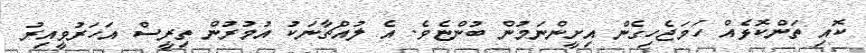
ކޮއި ތަންކޮޅެއް ހަމަޖެހިގެން އިށީންނަމުން ބުންޏެވެ. އެ ލުއްޗާނަކު އުމުރުން ތިރީސް އަހަރުވީއިރު